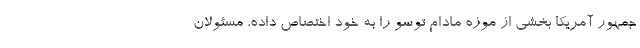
جمهور آمریکا بخشی از موزه مادام توسو را به خود اختصاص داده، مسئولان